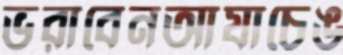
ভরাবেনআযাচেঙ